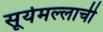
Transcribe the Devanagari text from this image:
सूर्यमल्लाची